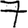
Digit: 7